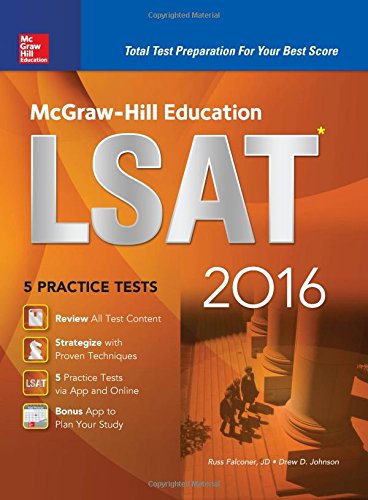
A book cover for McGraw-Hill Education LSAT 2016 (McGraw-Hill's LSAT); Russ Falconer; Test Preparation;